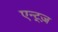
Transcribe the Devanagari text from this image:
एन्ट्ज़